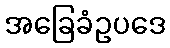
အခြေခံဥပဒေ